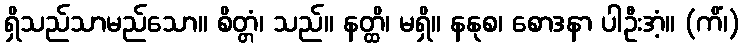
ရှိသည်သာမည်သော။ စိတ္တံ၊ သည်။ နတ္ထိ၊ မရှိ။ နနုစ၊ စောဒနာ ပါဦးအံ့။ (ကိံ၊)